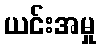
ယင်းအမှု